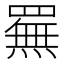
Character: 䍢